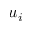
u _ { i }